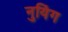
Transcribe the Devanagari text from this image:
नुयिंग